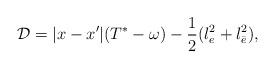
LaTeX: \begin{align*}{\cal D}=|x-x'|(T^*-\omega)-\frac{1}{2}(l_e^2+l_{\bar{e}}^2),\end{align*}